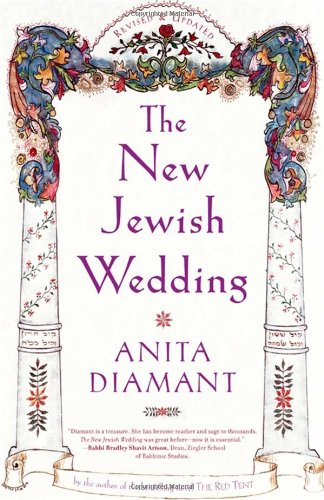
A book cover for New Jewish Wedding, Revised; Anita Diamant; Crafts, Hobbies & Home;